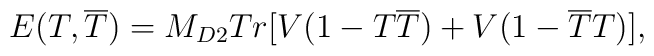
E(T,\overline{T})=M_{D2}Tr[V(1-T\overline{T})+V(1-\overline{T}T)],